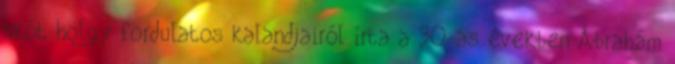
skót hölgy fordulatos kalandjairól írta a 30-as években Ábrahám